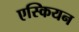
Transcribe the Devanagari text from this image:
एस्कियन